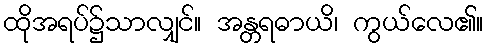
ထိုအရပ်၌သာလျှင်။ အန္တရဓာယိ၊ ကွယ်လေ၏။